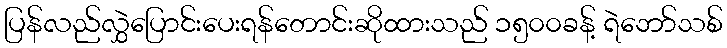
ပြန်လည်လွှဲပြောင်းပေးရန်တောင်းဆိုထားသည် ၁၅၀၀ခန့် ရဲဘော်သစ်